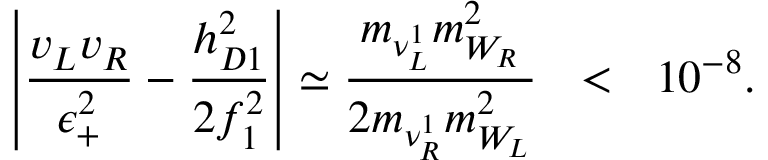
\left| \frac { v _ { L } v _ { R } } { \epsilon _ { + } ^ { 2 } } - \frac { h _ { D 1 } ^ { 2 } } { 2 f _ { 1 } ^ { 2 } } \right| \simeq \frac { m _ { \nu _ { L } ^ { 1 } } m _ { W _ { R } } ^ { 2 } } { 2 m _ { \nu _ { R } ^ { 1 } } m _ { W _ { L } } ^ { 2 } } ~ ~ < ~ ~ 1 0 ^ { - 8 } .